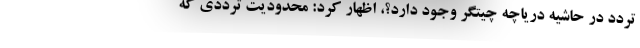
تردد در حاشیه دریاچه چیتگر وجود دارد؟، اظهار کرد: محدودیت ترددی که